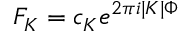
{ F _ { K } = c _ { K } e ^ { 2 \pi i | K | \Phi } }